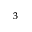
^ { 3 }